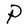
Character: P